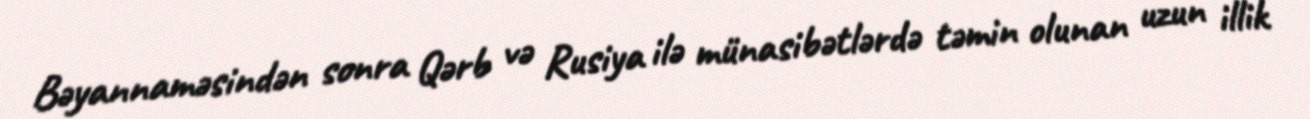
Bəyannaməsindən sonra Qərb və Rusiya ilə münasibətlərdə təmin olunan uzun illik